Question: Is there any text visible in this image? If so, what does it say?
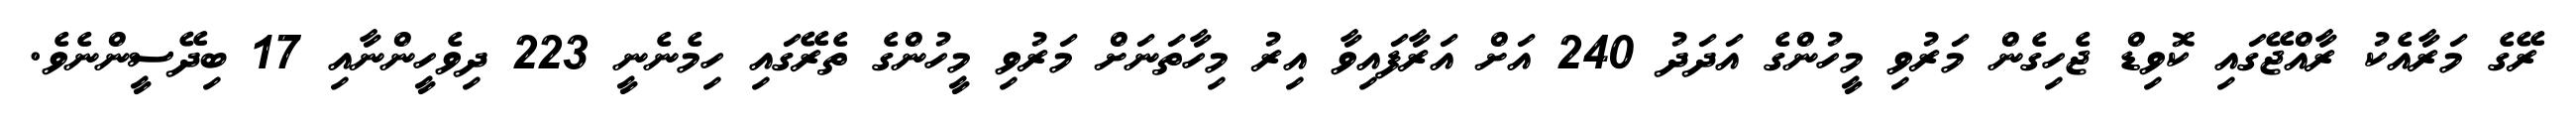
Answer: ރޭގެ މަރާއެކު ރާއްޖޭގައި ކޮވިޑް ޖެހިގެން މަރުވި މީހުންގެ އަދަދު 240 އަށް އަރާފައިވާ އިރު މިހާތަނަށް މަރުވި މީހުންގެ ތެރޭގައި ހިމެނެނީ 223 ދިވެހީންނާއި 17 ބިދޭސީންނެވެ.